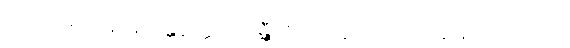
ဝါတသမုဋ္ဌာနာနိ ဂန္တဗ္ဗတ္တာ ပိဝန္တီတိ ဥပါသကကုလာနိ နိဿယေထ